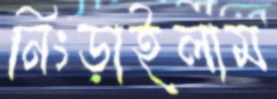
নিংড়াইলাম